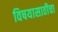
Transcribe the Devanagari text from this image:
विषयासाठीचा